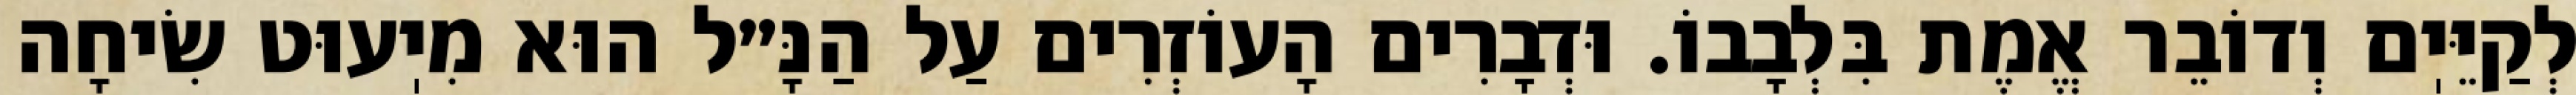
לְקַיֵּיֽם וְדוֹבֵר אֱמֶת בִּלְבָבוֹ. וּדְבָרִים הָעוֹזְרִים עַל הַנָּ״ל הוּא מִיֽעוּט שִׂיחָה